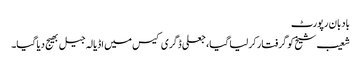
بادبان رپورٹ
شعیب شیخ کو گرفتار کر لیا گیا، جعلی ڈگری کیس میں اڈیالہ جیل بھیج دیا گیا۔